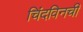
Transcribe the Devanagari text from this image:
चिंदविनची